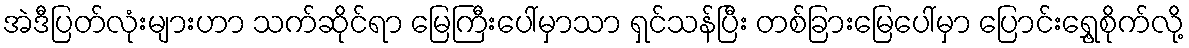
အဲဒီပြတ်လုံးများဟာ သက်ဆိုင်ရာ မြေကြီးပေါ်မှာသာ ရှင်သန်ပြီး တစ်ခြားမြေပေါ်မှာ ပြောင်းရွှေ့စိုက်လို့